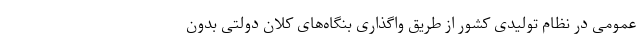
عمومی در نظام تولیدی کشور از طریق واگذاری بنگاه‌های کلان دولتی بدون